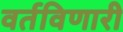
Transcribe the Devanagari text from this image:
वर्तविणारी